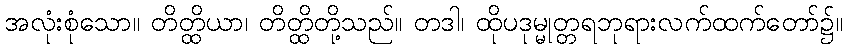
အလုံးစုံသော။ တိတ္ထိယာ၊ တိတ္ထိတို့သည်။ တဒါ၊ ထိုပဒုမ္မုတ္တရဘုရားလက်ထက်တော်၌။